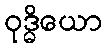
ဝုဒ္ဓိယော